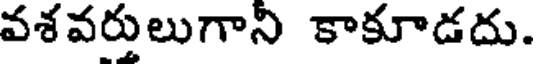
వశవరులుగాని కాకూడదు.